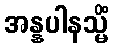
အန္နပါနသ္မိံ